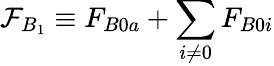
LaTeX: \mathcal{F}_{B_{1}}\equiv F_{B0a}+\sum_{i\neq 0}F_{B0i}